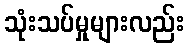
သုံးသပ်မှုများလည်း